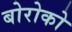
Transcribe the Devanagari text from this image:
बोरोको